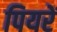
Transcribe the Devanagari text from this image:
पियरें